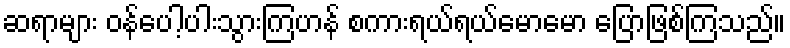
ဆရာများ ဝန်ပေါ့ပါးသွားကြဟန် စကားရယ်ရယ်မောမော ပြောဖြစ်ကြသည်။